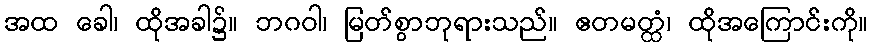
အထ ခေါ၊ ထိုအခါ၌။ ဘဂဝါ၊ မြတ်စွာဘုရားသည်။ ဧတမတ္ထံ၊ ထိုအကြောင်းကို။